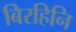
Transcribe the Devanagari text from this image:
बिरहिनि